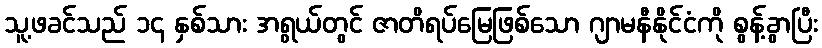
သူ့ဖခင်သည် ၁၄ နှစ်သား အရွယ်တွင် ဇာတိရပ်မြေဖြစ်သော ဂျာမနီနိုင်ငံကို စွန့်ခွာပြီး